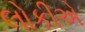
લોકીએ